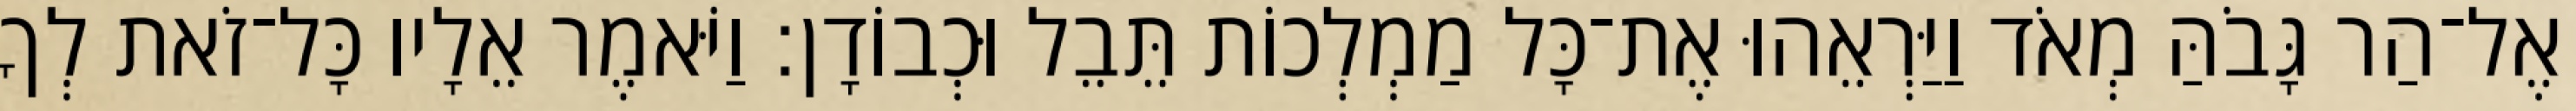
אֶל־הַר גָּבֹהַּ מְאֹד וַיַּרְאֵהוּ אֶת־כָּל מַמְלְכוֹת תֵּבֵל וּכְבוֹדָן׃ וַיֹּאמֶר אֵלָיו כָּל־זֹאת לְךָ